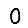
Digit: 0